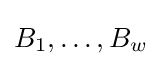
B_{1},\ldots ,B_{w}